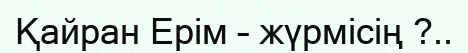
Қайран Ерім – жүрмісің ?..